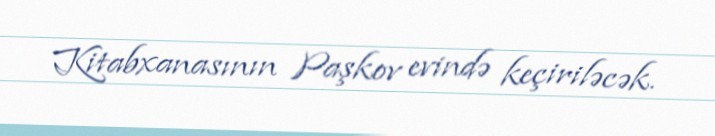
Kitabxanasının Paşkov evində keçiriləcək.